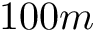
1 0 0 m